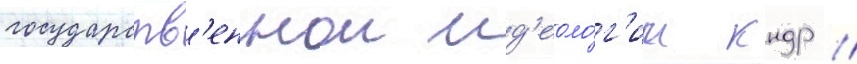
государств'еннои ид'еоло́г'ии кндр //